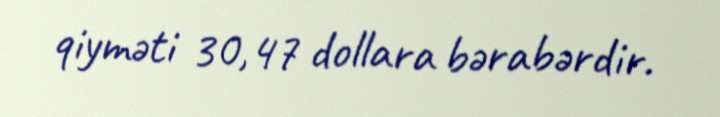
qiyməti 30,47 dollara bərabərdir.